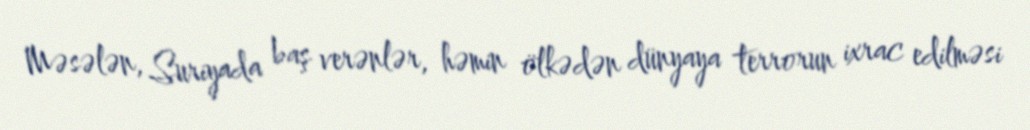
Məsələn, Suriyada baş verənlər, həmin ölkədən dünyaya terrorun ixrac edilməsi